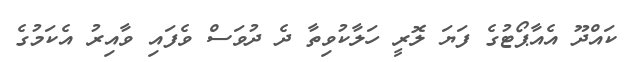
ކައްދޫ އެއާޕޯޓުގެ ފަޔަ ލޮރީ ހަލާކުވިތާ ދެ ދުވަސް ވެފައި ވާއިރު އެކަމުގެ